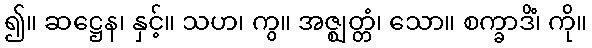
၍။ ဆဋ္ဌေန၊ နှင့်။ သဟ၊ ကွ။ အဇ္ဈတ္တံ၊ သော။ စက္ခာဒိံ၊ ကို။